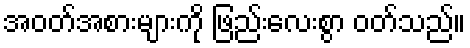
အဝတ်အစားများကို ဖြည်းလေးစွာ ဝတ်သည်။